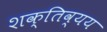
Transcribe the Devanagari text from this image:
शक्तिव्यय